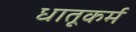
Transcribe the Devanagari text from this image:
धातूकर्म